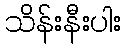
သိန်းနီးပါး